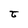
Character: t